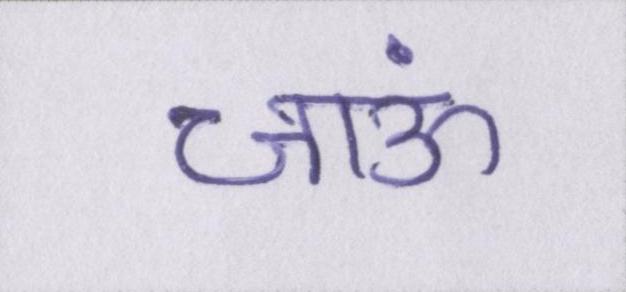
जाऊं